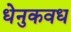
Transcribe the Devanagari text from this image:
धेनुकवध